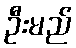
ဦးမည်